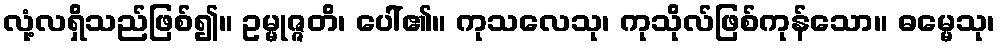
လုံ့လရှိသည်ဖြစ်၍။ ဥမ္မုဇ္ဇတိ၊ ပေါ်၏။ ကုသလေသု၊ ကုသိုလ်ဖြစ်ကုန်သော။ ဓမ္မေသု၊